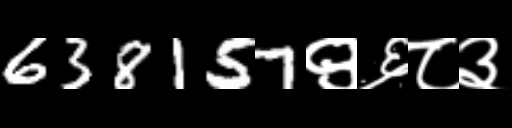
Text: 638157९६८३